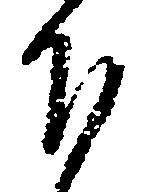
下